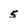
Character: 5